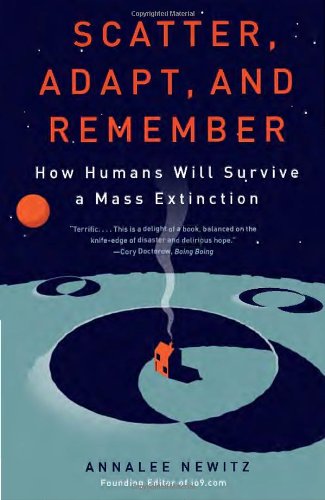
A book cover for Scatter, Adapt, and Remember: How Humans Will Survive a Mass Extinction; Annalee Newitz; Science & Math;